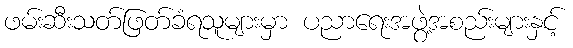
ဖမ်းဆီးသတ်ဖြတ်ခံရသူများမှာ ပညာရေးအဖွဲ့အစည်းများနှင့်